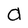
Character: a